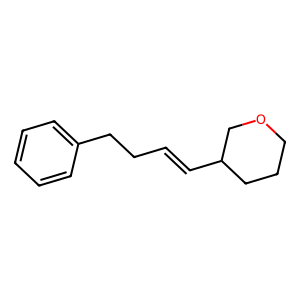
SMILES: C(=CC1CCCOC1)CCc1ccccc1
Inhibits HIV replication: No